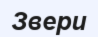
Звери